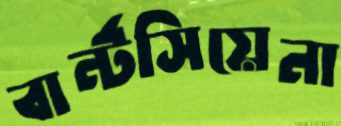
বার্ন্টসিয়েনা